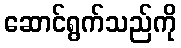
ဆောင်ရွက်သည်ကို